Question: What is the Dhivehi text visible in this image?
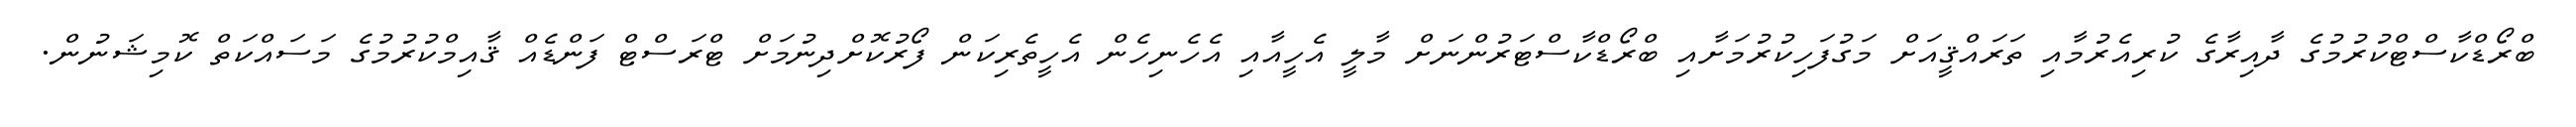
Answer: ބްރޯޑްކާސްޓްކުރުމުގެ ދާއިރާގެ ކުރިއެރުމާއި ތަރައްޤީއަށް މަގުފަހިކުރުމަށާއި ބްރޯޑްކާސްޓަރުންނަށް މާލީ އެހީއާއި އެހެނިހެން އެހީތެރިކަން ފޯރުކޮށްދިނުމަށް ޓްރަސްޓް ފަންޑެއް ޤާއިމްކުރުމުގެ މަސައްކަތް ކޮމިޝަނުން.